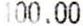
100.00